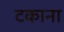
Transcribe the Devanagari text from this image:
टकाना